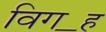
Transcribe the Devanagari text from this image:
विग॒ह